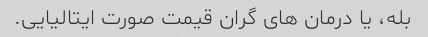
بله، یا درمان های گران قیمت صورت ایتالیایی.